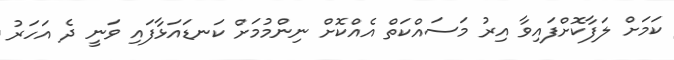
ކަމަށް ލަފާކޮށްފައިވާ އިރު މަސައްކަތް އެއްކޮށް ނިންމުމަށް ކަނޑައަޅާފައި ވަނީ ދެ އަހަރު